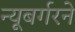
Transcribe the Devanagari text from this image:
न्यूबर्गरने